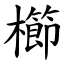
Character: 櫛